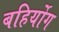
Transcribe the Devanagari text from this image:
बहिर्योग